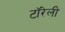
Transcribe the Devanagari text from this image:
टॉरेली